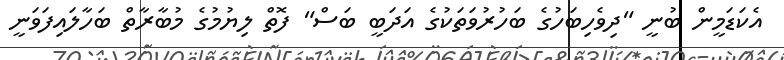
އެކަޑަމީން ބުނީ "ދިވެހިބަހުގެ ބަހުރުވަތަކުގެ އަދަބީ ބަސް" ފޮތް ލިޔުމުގެ މުބާރާތް ބަހާލައިފަވަނީ